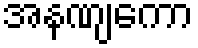
အနဏျကော